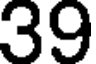
39